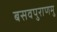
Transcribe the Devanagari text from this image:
बसवपुराणमु